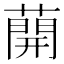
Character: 𦼠